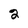
Character: 2